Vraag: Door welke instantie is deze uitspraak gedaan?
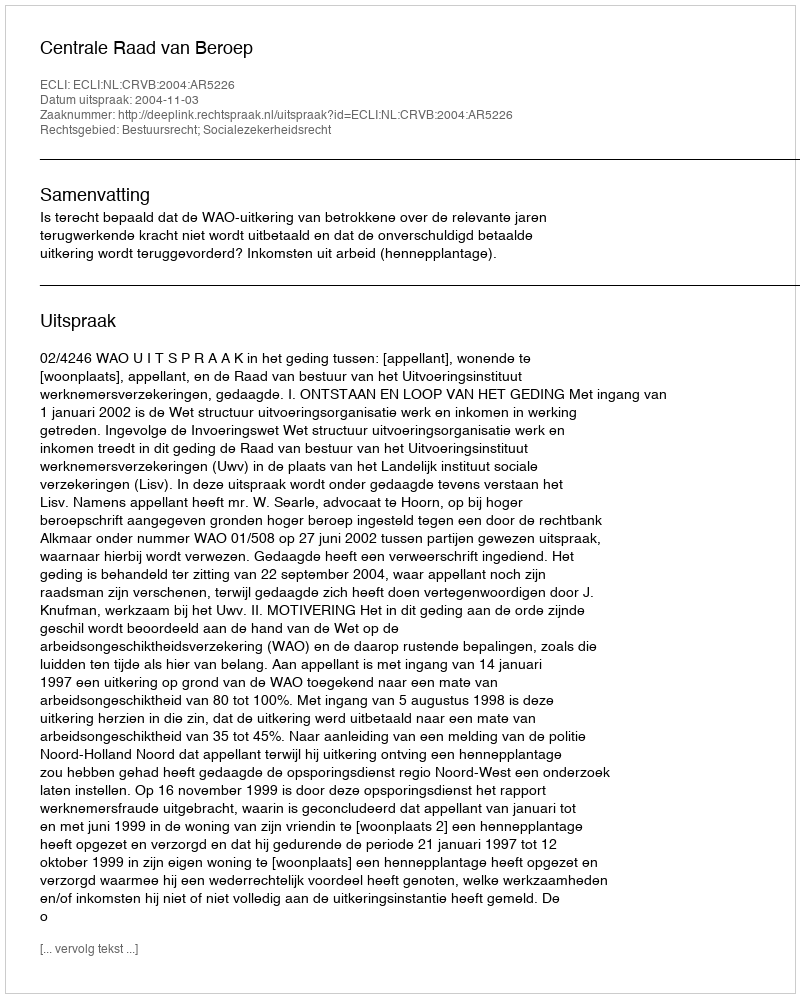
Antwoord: Centrale Raad van Beroep